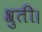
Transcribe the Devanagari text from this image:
श्रुती।